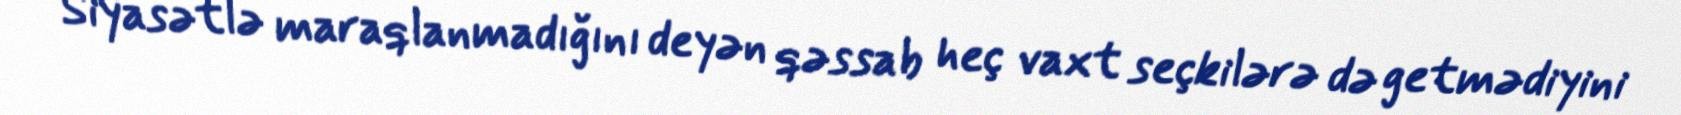
Siyasətlə maraqlanmadığını deyən qəssab heç vaxt seçkilərə də getmədiyini